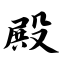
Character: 殿